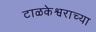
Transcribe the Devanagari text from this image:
टाळकेश्वराच्या